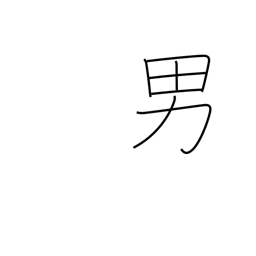
Meaning: male